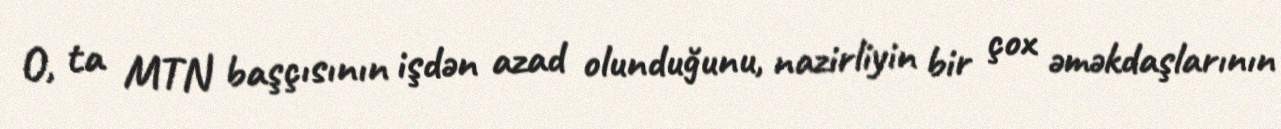
O, ta MTN başçısının işdən azad olunduğunu, nazirliyin bir çox əməkdaşlarının